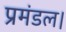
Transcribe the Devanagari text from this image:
प्रमंडल।